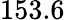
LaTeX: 153.6